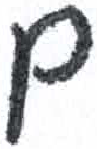
אות: ם